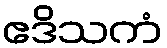
ဧဒိသကံ